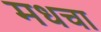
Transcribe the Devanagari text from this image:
मधचा